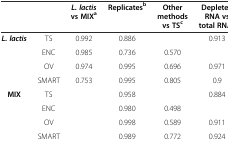
<table><thead><tr><td></td><td></td><td><b><i>L. lactis</i>vs MIX<sup>a</sup></b></td><td><b>Replicates<sup>b</sup></b></td><td><b>Other methods vs TS<sup>c</sup></b></td><td><b>Depleted RNA vs total RNA<sup>d</sup></b></td></tr></thead><tbody><tr><td rowspan="4"><b><i>L. lactis</i></b></td><td>TS</td><td>0.992</td><td>0.886</td><td></td><td>0.913</td></tr><tr><td>ENC</td><td>0.985</td><td>0.736</td><td>0.570</td><td></td></tr><tr><td>OV</td><td>0.974</td><td>0.995</td><td>0.696</td><td>0.971</td></tr><tr><td>SMART</td><td>0.753</td><td>0.995</td><td>0.805</td><td>0.9</td></tr><tr><td rowspan="3"><b>MIX</b></td><td>TS</td><td></td><td>0.958</td><td></td><td>0.884</td></tr><tr><td>ENC</td><td></td><td>0.980</td><td>0.498</td><td></td></tr><tr><td>OV</td><td></td><td>0.998</td><td>0.589</td><td>0.911</td></tr><tr><td></td><td>SMART</td><td></td><td>0.989</td><td>0.772</td><td>0.924</td></tr></tbody></table>